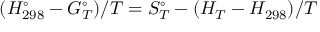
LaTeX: ( H _ { 2 9 8 } ^ { \circ } - G _ { T } ^ { \circ } ) / T = S _ { T } ^ { \circ } - ( H _ { T } - H _ { 2 9 8 } ) / T